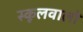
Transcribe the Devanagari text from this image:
स्कूलवालों